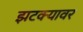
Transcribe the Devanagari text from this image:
झटक्यावर